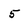
Character: 5